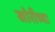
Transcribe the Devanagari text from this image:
खोरीच्या